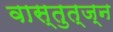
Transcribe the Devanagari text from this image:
वास्तुत्ज्न